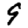
Digit: 9